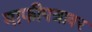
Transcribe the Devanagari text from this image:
माफीपत्रावर